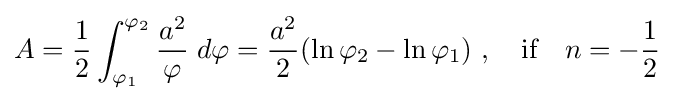
A={\frac {1}{2}}\int _{\varphi _{1}}^{\varphi _{2}}{\frac {a^{2}}{\varphi }}\;d\varphi ={\frac {a^{2}}{2}}(\ln \varphi _{2}-\ln \varphi _{1})\ ,\quad {\text{if}}\quad n=-{\frac {1}{2}}\